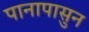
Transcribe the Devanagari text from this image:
पानापासुन